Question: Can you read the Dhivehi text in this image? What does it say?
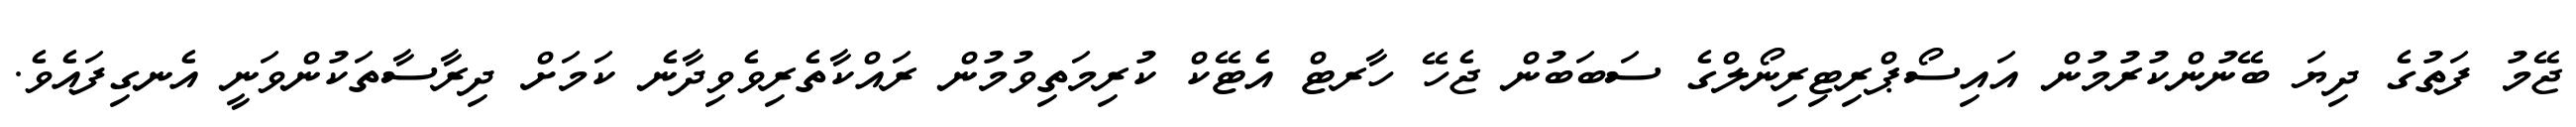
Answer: ޖޭމު ފަތުގެ ދިޔަ ބޭނުންކުރުމުން އައިސޯޕްރިޓިރިނޯލްގެ ސަބަބުން ޖެހޭ ހާރޓް އެޓޭކް ކުރިމަތިވުމުން ރައްކާތެރިވެވިދާނެ ކަމަށް ދިރާސާތަކުންވަނީ އެނގިފައެވެ.